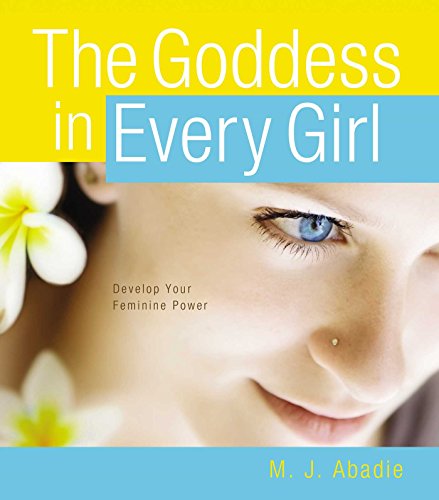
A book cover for The Goddess in Every Girl: Develop Your Feminine Power; M.J. Abadie; Teen & Young Adult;